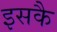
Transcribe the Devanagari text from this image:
इसकै